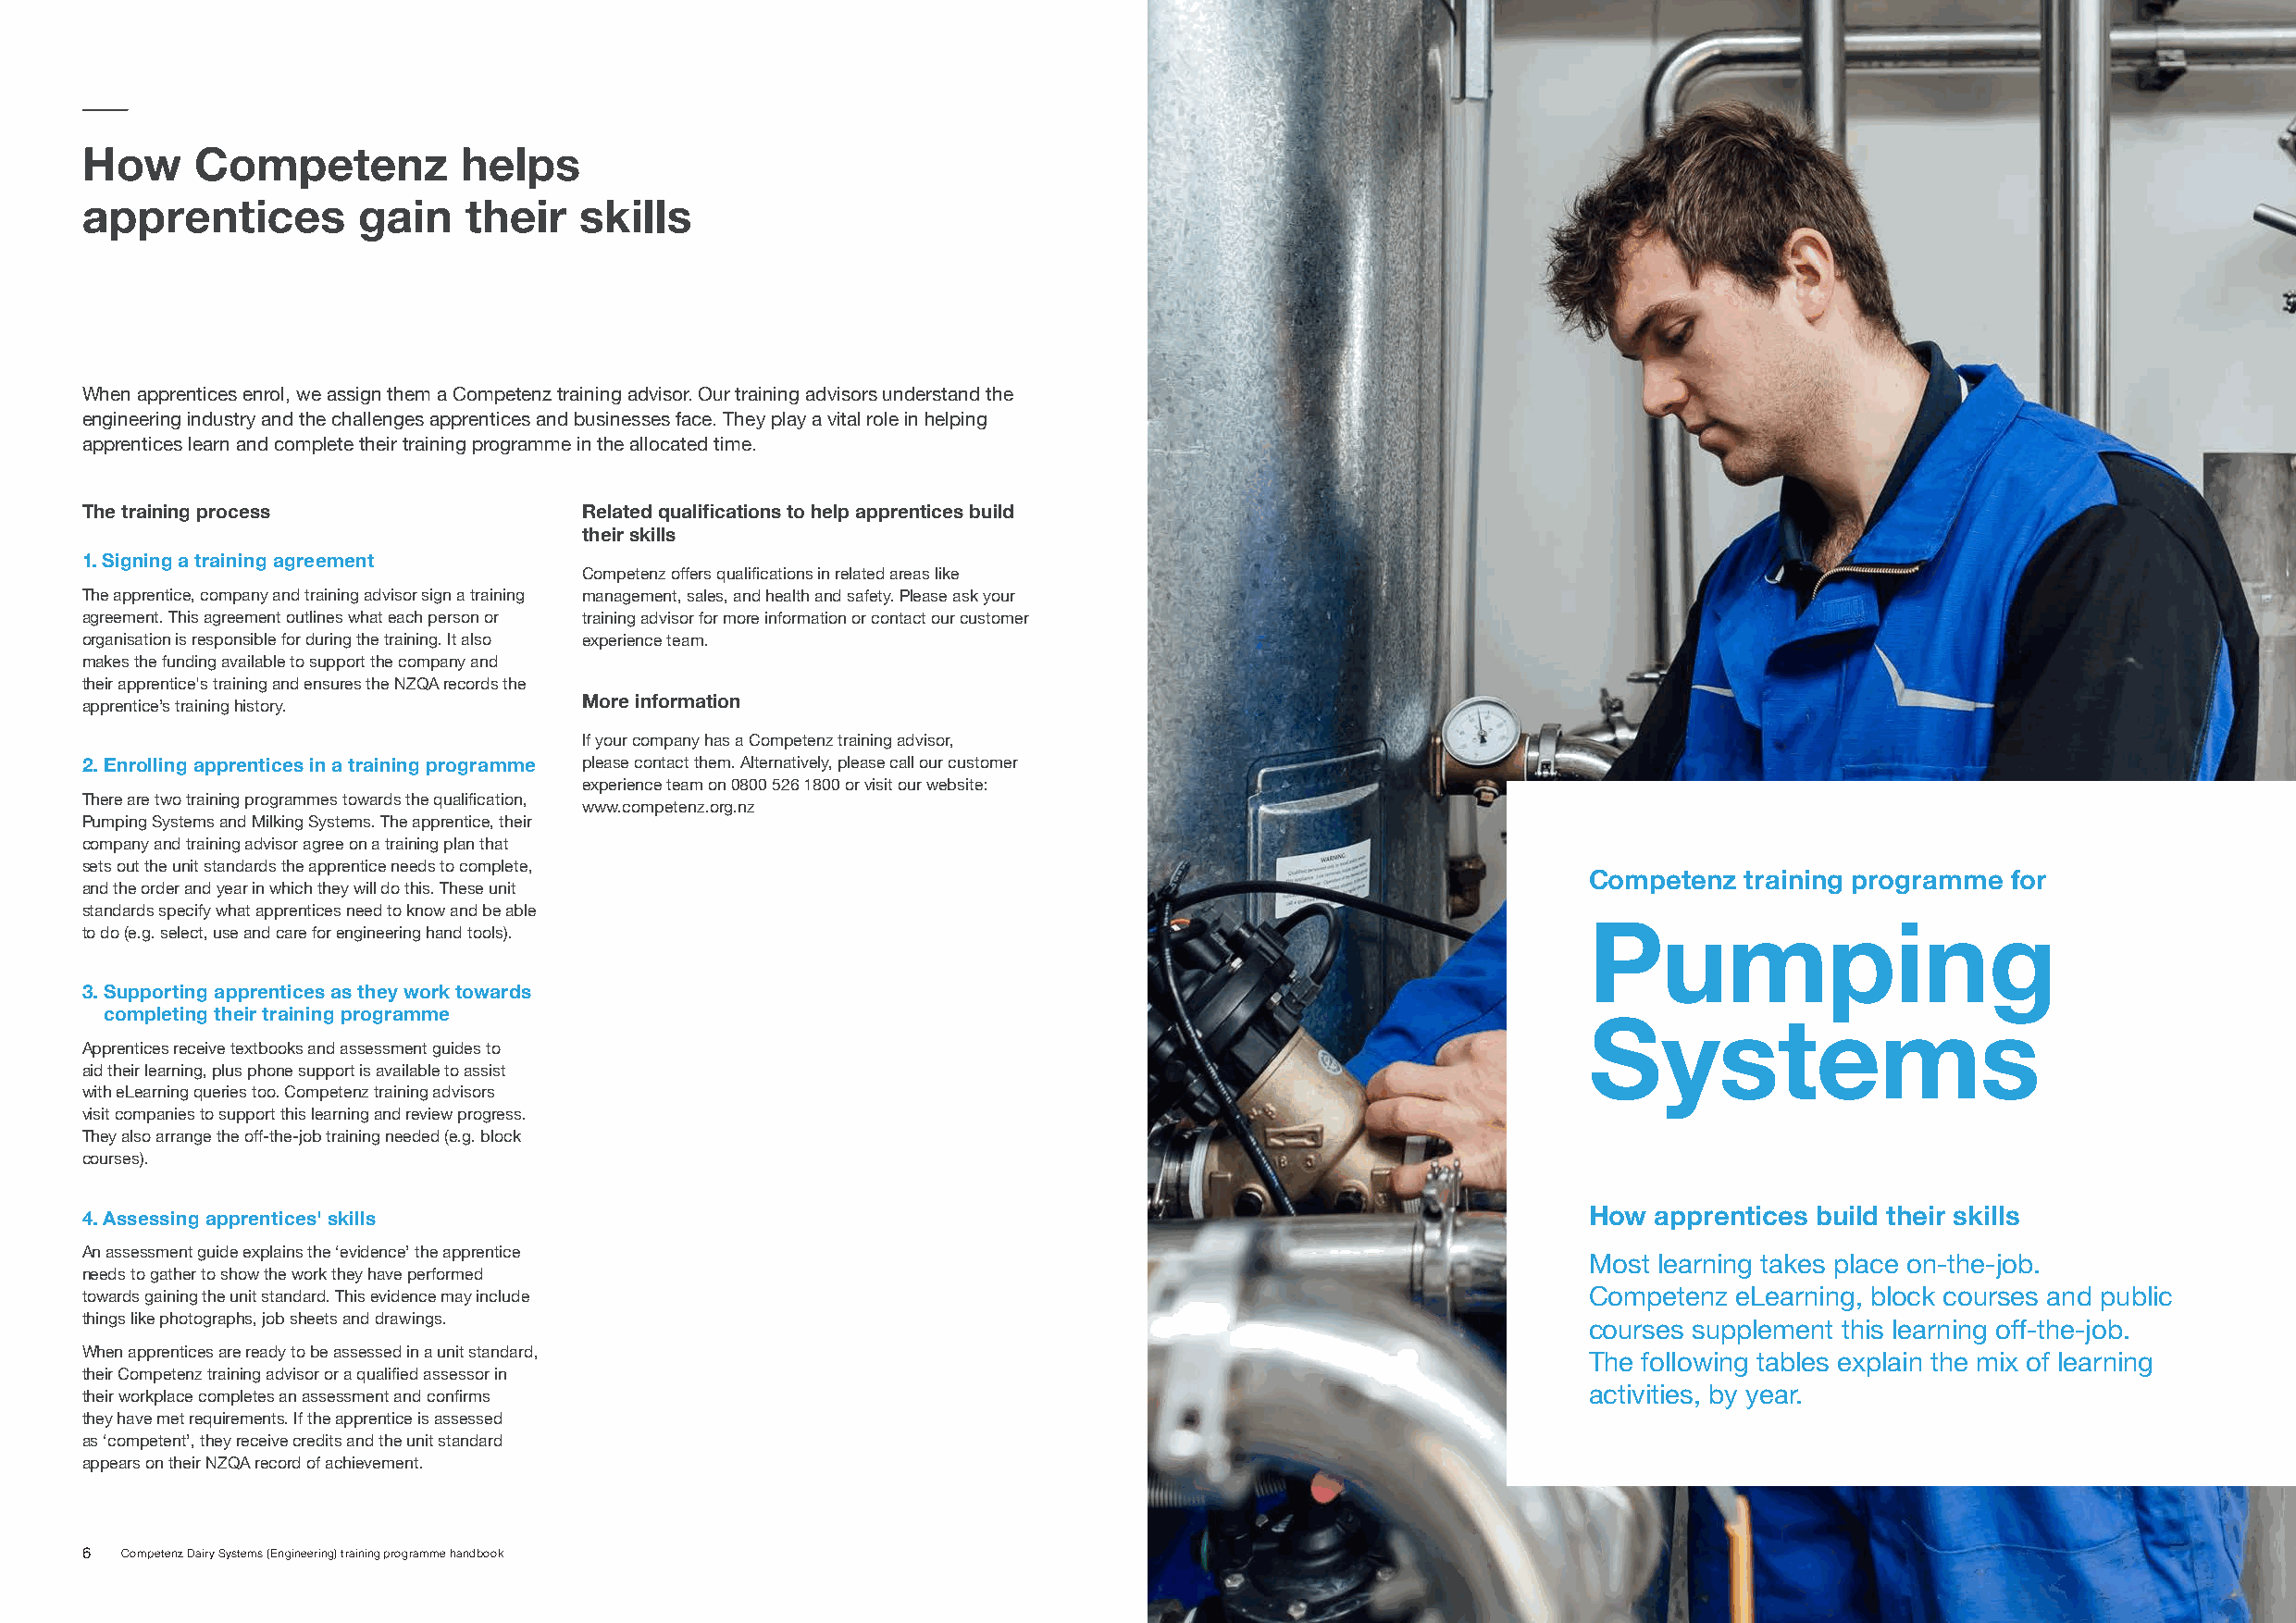
How     Competenz          helps
 apprentices         gain   their   skills
 When apprentices enrol, we assign them a Competenz training advisor. Our training advisors understand the
 engineering industry and the challenges apprentices and businesses face. They play a vital role in helping
 apprentices learn and complete their training programme in the allocated time.
 The training process                Related qualifications to help apprentices build
 their skills
 1. Signing a training agreement
 Competenz offers qualifications in related areas like
 The apprentice, company and training advisor sign a training management, sales, and health and safety. Please ask your
 agreement. This agreement outlines what each person or training advisor for more information or contact our customer
 organisation is responsible for during the training. It also experience team.
 makes the funding available to support the company and
 their apprentice's training and ensures the NZQA records the
 apprentice’s training history.      More information
 If your company has a Competenz training advisor,
 2. Enrolling apprentices in a training programme please contact them. Alternatively, please call our customer
 experience team on 0800 526 1800 or visit our website:
 There are two training programmes towards the qualification,
 www.competenz.org.nz
 Pumping Systems and Milking Systems. The apprentice, their
 company and training advisor agree on a training plan that
 sets out the unit standards the apprentice needs to complete,
 Competenz  training programme for
 and the order and year in which they will do this. These unit
 standards specify what apprentices need to know and be able
 to do (e.g. select, use and care for engineering hand tools).
 Pumping
 3. Supporting apprentices as they work towards
 completing their training programme
 Apprentices receive textbooks and assessment guides to                                                      Systems
 aid their learning, plus phone support is available to assist
 with eLearning queries too. Competenz training advisors
 visit companies to support this learning and review progress.
 They also arrange the off-the-job training needed (e.g. block
 courses).
 4. Assessing apprentices' skills                                                                            How apprentices build their skills
 An assessment guide explains the ‘evidence’ the apprentice
 Most learning takes place on-the-job.
 needs to gather to show the work they have performed
 towards gaining the unit standard. This evidence may include                                                Competenz eLearning, block courses and public
 things like photographs, job sheets and drawings.
 courses supplement this learning off-the-job.
 When apprentices are ready to be assessed in a unit standard,
 The following tables explain the mix of learning
 their Competenz training advisor or a qualified assessor in
 their workplace completes an assessment and confirms                                                        activities, by year.
 they have met requirements. If the apprentice is assessed
 as ‘competent’, they receive credits and the unit standard
 appears on their NZQA record of achievement.
 6  Competenz Dairy Systems (Engineering) training programme handbook                                                      Competenz Dairy Systems (Engineering) training programme handbook 7